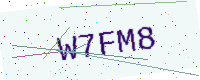
Text: W7FM8